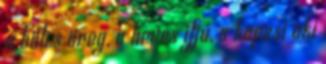
a bölcs öreg, a heves ifjú, a kapzsi aki